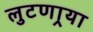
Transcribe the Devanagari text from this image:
लुटणार्‍या